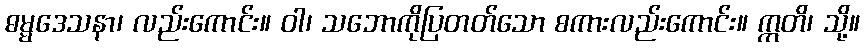
ဓမ္မဒေသနာ၊ လည်းကောင်း။ ဝါ၊ သဘောကိုပြတတ်သော စကားလည်းကောင်း။ ဣတိ၊ သို့။